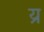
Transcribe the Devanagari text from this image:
य्र